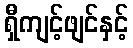
ရှီကျင့်ဖျင်နှင့်